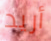
أريد